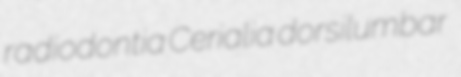
radiodontia Cerialia dorsilumbar